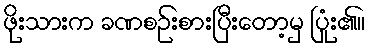
ဖိုးသားက ခဏစဉ်းစားပြီးတော့မှ ပြုံး၏။